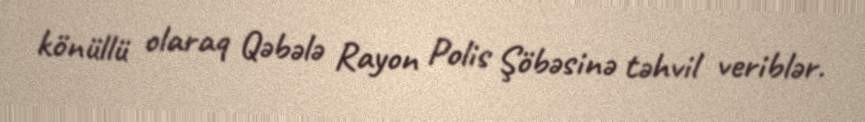
könüllü olaraq Qəbələ Rayon Polis Şöbəsinə təhvil veriblər.